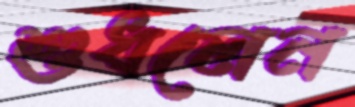
শুধলেন